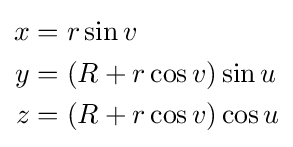
{\begin{aligned}x&=r\sin v\\y&=(R+r\cos v)\sin u\\z&=(R+r\cos v)\cos u\end{aligned}}